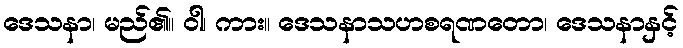
ဒေသနာ၊ မည်၏။ ဝါ၊ ကား။ ဒေသနာသဟစရဏတော၊ ဒေသနာနှင့်